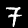
Label: 7